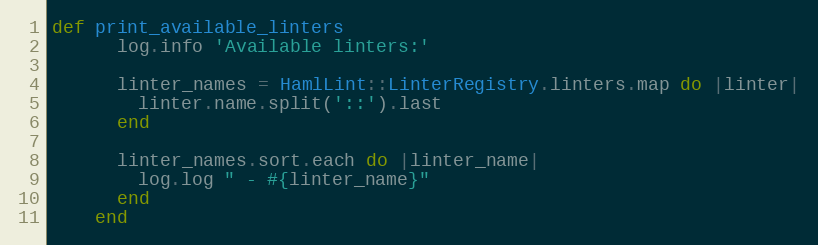
Language: Ruby
def print_available_linters
      log.info 'Available linters:'

      linter_names = HamlLint::LinterRegistry.linters.map do |linter|
        linter.name.split('::').last
      end

      linter_names.sort.each do |linter_name|
        log.log " - #{linter_name}"
      end
    end